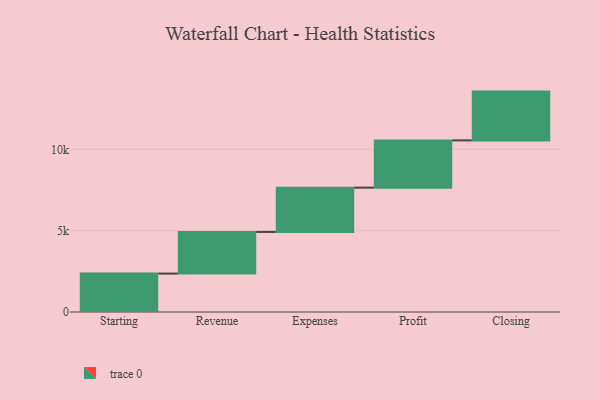
{"axis": {"x": "Step", "y": "Value"}, "legend": [""], "data": [{"x": "Starting", "y": 2362.0, "type": ""}, {"x": "Revenue", "y": 2560.0, "type": ""}, {"x": "Expenses", "y": 2723.0, "type": ""}, {"x": "Profit", "y": 2903.0, "type": ""}, {"x": "Closing", "y": 3000, "type": ""}]}